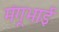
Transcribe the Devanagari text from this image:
मंगूभाई